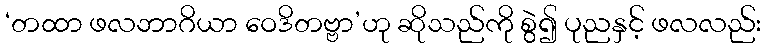
‘တထာ ဖလဘာဂိယာ ဝေဒိတဗ္ဗာ’ဟု ဆိုသည်ကို စွဲ၍ ပုညနှင့် ဖလလည်း